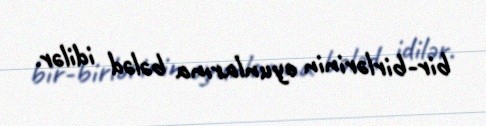
bir-birlərinin oyunlarına bələd idilər.